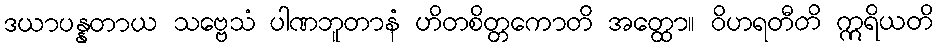
ဒယာပန္နတာယ သဗ္ဗေသံ ပါဏဘူတာနံ ဟိတစိတ္တကောတိ အတ္ထော။ ဝိဟရတီတိ ဣရိယတိ